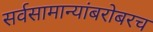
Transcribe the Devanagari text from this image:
सर्वसामान्यांबरोबरच